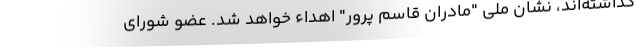
گذاشته‌اند، نشان ملی "مادران قاسم پرور" اهداء خواهد شد. عضو شورای